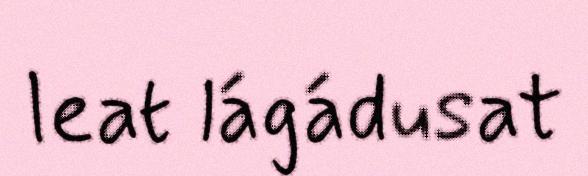
leat lágádusat